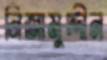
নিজামুদ্দীন